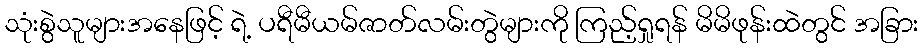
သုံးစွဲသူများအနေဖြင့် ရဲ့ ပရီမီယမ်ဇာတ်လမ်းတွဲများကို ကြည့်ရှုရန် မိမိဖုန်းထဲတွင် အခြား